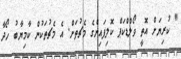
" ކުރިޔަށް އޮތީ ވޯލްޑްކަޕް ކޮލިފައިންގެ މެޗުތަށް. އެ މެޗުތަކުން ކާމިޔާބު ހޯދާ